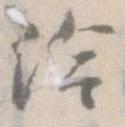
給